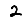
Digit: 2